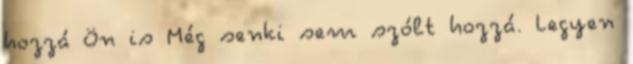
hozzá Ön is Még senki sem szólt hozzá. Legyen